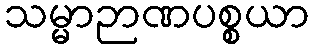
သမ္မာဉာဏပစ္စယာ